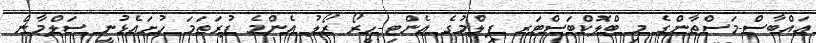
އައްބާސް-މަސްތާންގެ މި ބްލޮކްބަސްޓަރ ފިލްމުގެ އެންޓި-ހީރޯ ރޯލު އެންމެ ފުރަތަމަ ހުށައެޅުނީ ސަލްމާން